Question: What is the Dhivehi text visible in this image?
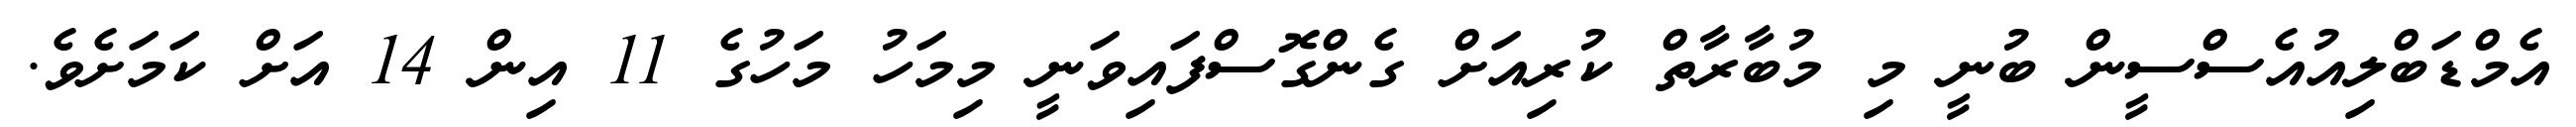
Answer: އެމްޑަބްލިއުއެސްސީން ބުނީ މި މުބާރާތް ކުރިއަށް ގެންގޮސްފައިވަނީ މިމަހު މަހުގެ 11 އިން 14 އަށް ކަމަށެވެ.